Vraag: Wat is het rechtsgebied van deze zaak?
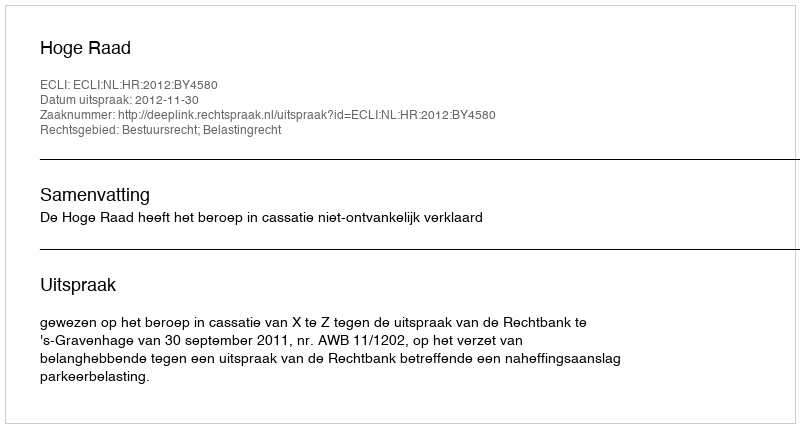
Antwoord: Bestuursrecht; Belastingrecht